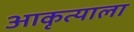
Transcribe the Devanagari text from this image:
आकृत्याला